Standards of the constituents of the urine and blood and the bearing of the metabolism of Bengalis on the problems of nutrition - Number 34
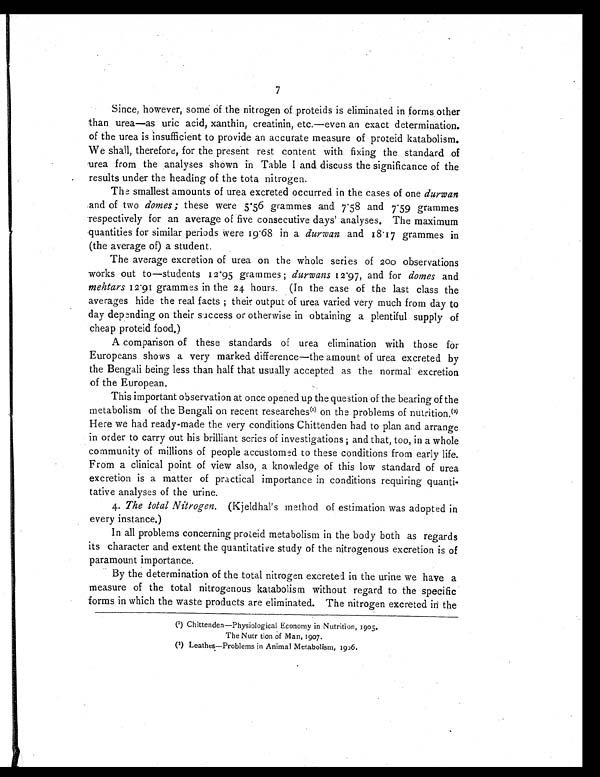
7
Since, however, some of the nitrogen of proteids is eliminated in forms other
than urea—as uric acid, xanthin, creatinin, etc.—even an exact determination.
of the urea is insufficient to provide an accurate measure of proteid katabolism.
We shall, therefore, for the present rest content with fixing the standard of
urea from the analyses shown in Table I and discuss the significance of the
results under the heading of the tota nitrogen.
The smallest amounts of urea excreted occurred in the cases of one durwan
.and of two domes; these were 5.56 grammes and 7.58 and 7.59 grammes
respectively for an average of five consecutive days' analyses. The maximum
quantities for similar periods were 19.68 in a durwan and 18.17 grammes in
(the average of) a student.
The average excretion of urea on the whole series of 200 observations
works out to—students 12.95 grammes ; durwans 12.97, and for domes and
mehtars 12.91 grammes in the 24 hours. (In the case of the last class the
averages hide the real facts ; their output of urea varied very much from day to
day depending on their success or otherwise in obtaining a plentiful supply of
cheap proteid food.)
A comparison of these standards of urea elimination with those for
Europeans shows a very marked difference—the amount of urea excreted by
the Bengali being less than half that usually accepted as the normal excretion
of the European.
This important observation at once opened up the question of the bearing of the
metabolism of the Bengali on recent researches(1) on the problems of nutrition.(2)
Here we had ready-made the very conditions Chittenden had to plan and arrange
in order to carry out his brilliant series of investigations ; and that, too, in a whole
community of millions of people accustomed to these conditions from early life.
From a clinical point of view also, a knowledge of this low standard of urea
excretion is a matter of practical importance in conditions requiring quanti-
tative analyses of the urine.
4. The total Nitrogen. (Kjeldhal's method of estimation was adopted in
every instance.)
In all problems concerning proteid metabolism in the body both as regards
its character and extent the quantitative study of the nitrogenous excretion is of
paramount importance.
By the determination of the total nitrogen excreted in the urine we have a
measure of the total nitrogenous katabolism without regard to the specific
forms in which the waste products are eliminated. The nitrogen excreted in the
(1) Chittenden—Physiological Economy in Nutrition, 1905.
The Nutr tion of Man, 1907.
(2) Leathes—Problems in Animal Metabolism, 1906.